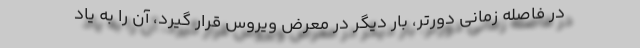
در فاصله زمانی دورتر، بار دیگر در معرض ویروس قرار گیرد، آن را به یاد